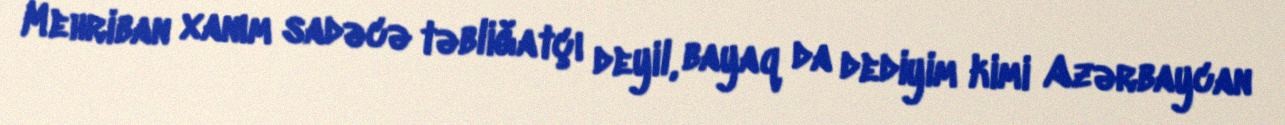
Mehriban xanım sadəcə təbliğatçı deyil, bayaq da dediyim kimi Azərbaycan